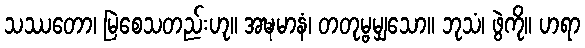
သဿတော၊ မြဲစေသတည်းဟု။ အဍ္ဎမာနံ၊ တတုမ္ဗမျှသော။ ဘုသံ၊ ဖွဲကို။ ဟရာ